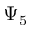
\Psi _ { 5 }